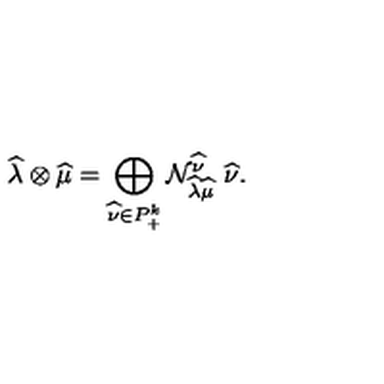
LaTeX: \widehat { \lambda } \otimes \widehat { \mu } = \bigoplus _ { \widehat { \nu } \in P _ { + } ^ { k } } { \cal N } _ { \widehat { \lambda } \widehat { \mu } } ^ { \widehat { \nu } } \ \widehat { \nu } .